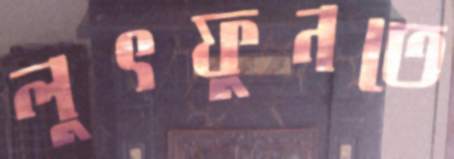
লুৎফুনতে